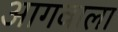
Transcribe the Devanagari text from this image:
आगवाला